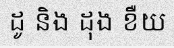
ដូ និង ដុង ខឺយ